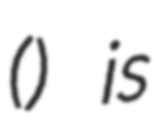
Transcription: () is